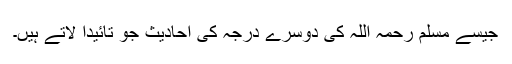
جیسے مسلم رحمہ اللہ کی دوسرے درجہ کی احادیث جو تائیداً لاتے ہیں۔